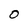
Character: O